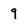
Character: 9